FBI September 2023 Sighting - Serial 5
Agency: FBI
Incident date: 9/1/23
Incident location: United States
Page 2
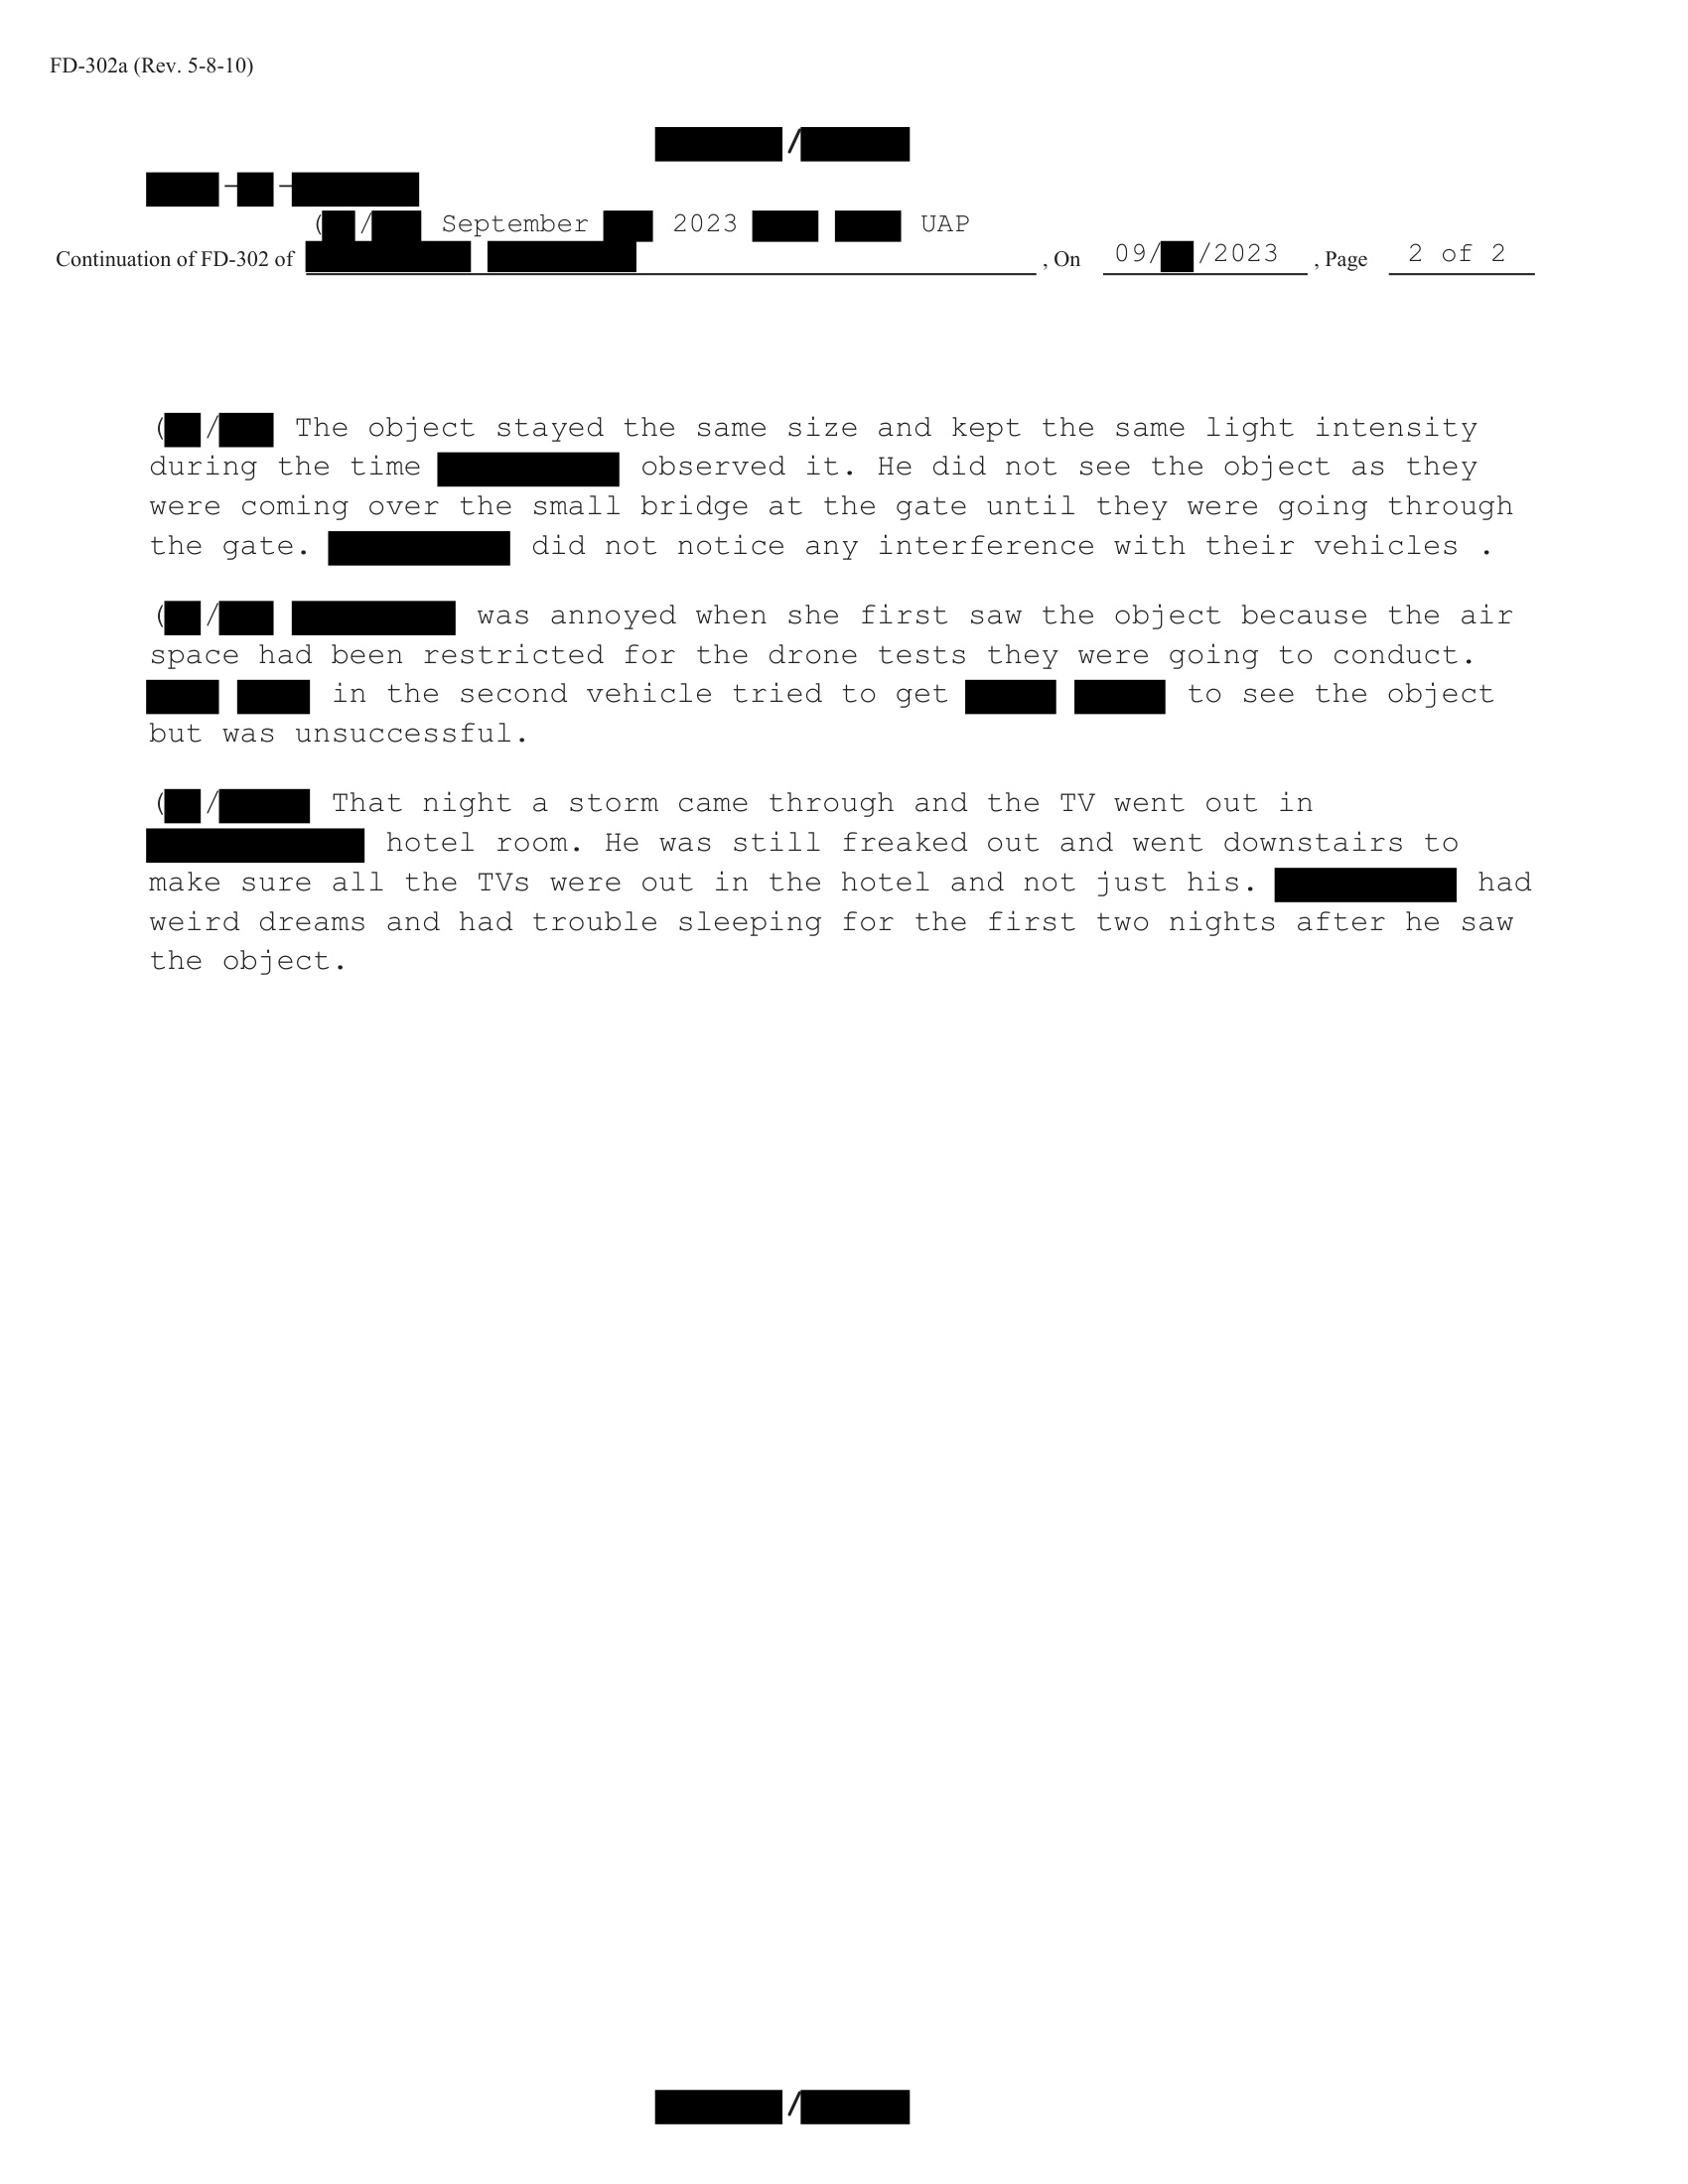